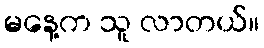
မနေ့က သူ လာတယ်။